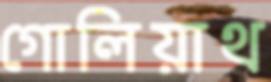
গোলিয়াথ